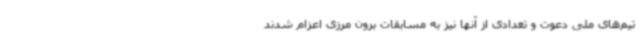
تیم‌های ملی دعوت و تعدادی از آنها نیز به مسابقات برون مرزی اعزام شدند